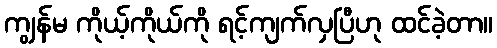
ကျွန်မ ကိုယ့်ကိုယ်ကို ရင့်ကျက်လှပြီဟု ထင်ခဲ့တာ။